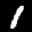
Label: 1